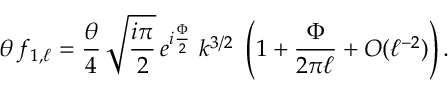
\theta \, f _ { 1 , \ell } = \frac { \theta } { 4 } \, \sqrt { \frac { i \pi } { 2 } } \, e ^ { i \frac { \Phi } { 2 } } \, \, k ^ { 3 / 2 } \, \, \left( 1 + \frac { \Phi } { 2 \pi \ell } + { \cal O } ( \ell ^ { - 2 } ) \right) .